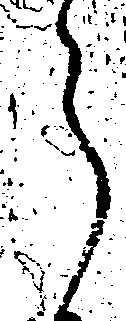
ら